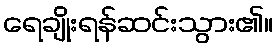
ရေချိုးရန်ဆင်းသွား၏။